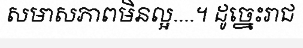
សមាសភាពមិនល្អ....។ ដូច្នេះរាជ